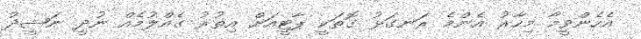
އެހެންވީމާ މިހާރު އެންމެ ރަނގަޅު ގޮތަކީ ޕާޓީއަށް އިތުރު ގެއްލުމެއް ނުދީ ނަޝީދު